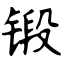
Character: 锻